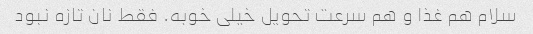
سلام هم غذا و هم سرعت تحویل خیلی خوبه. فقط نان تازه نبود